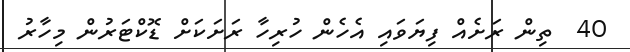
40  ތިން ރަށެއް ފިޔަވައި އެހެން ހުރިހާ ރަށަކަށް ޑޮކްޓަރުން މިހާރު